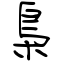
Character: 梟